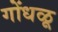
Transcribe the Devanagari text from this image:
गोंधळू